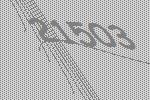
21503